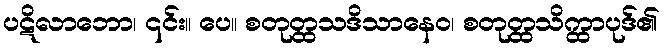
ပဋိလာဘော၊ ၎င်း။ ပေ။ စတုတ္ထသဒိသာနေဝ၊ စတုတ္ထသိက္ထာပုဒ်၏